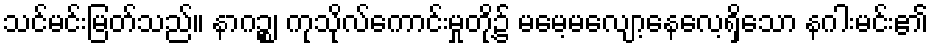
သင်မင်းမြတ်သည်။ နာဂဉ္စ၊ ကုသိုလ်ကောင်းမှုတို့၌ မမေ့မလျော့နေလေ့ရှိသော နဂါးမင်း၏